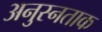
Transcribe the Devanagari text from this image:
अनुस्नताक